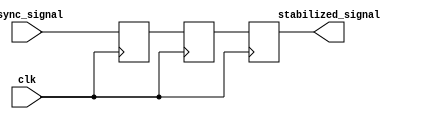
module TwoFF_Metastability_Detector (
    input wire clk,              // Synchronous clock input
    input wire async_signal,     // Asynchronous input signal
    output reg stabilized_signal  // Stabilized output signal
);

// Internal signals for the flip-flops
reg ff1, ff2;

// Flip-Flop 1: Captures the asynchronous signal
always @(posedge clk) begin
    ff1 <= async_signal; // FF1 captures async_signal on the rising edge of clk
end

// Flip-Flop 2: Captures the output of FF1
always @(posedge clk) begin
    ff2 <= ff1; // FF2 captures the output of FF1 on the next rising edge
end

// Assign the output signal
always @(posedge clk) begin
    stabilized_signal <= ff2; // Output the stabilized signal
end

endmodule